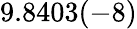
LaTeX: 9.8403(-8)